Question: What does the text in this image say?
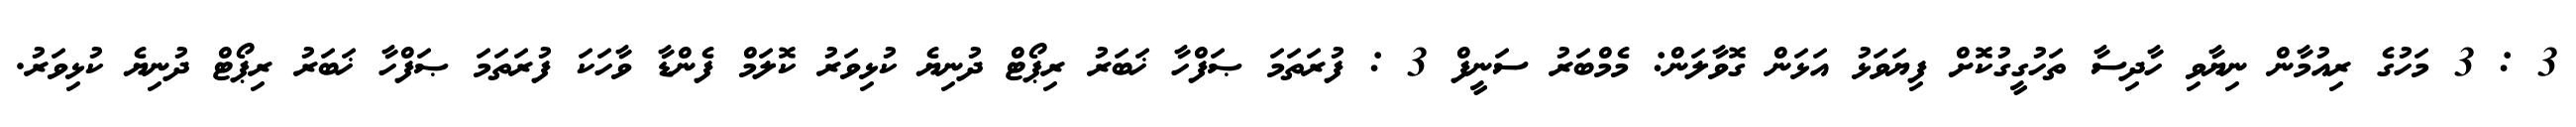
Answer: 3 : 3 މަހުގެ ރިއުމާން ނިޔާވި ހާދިސާ ތަހުގީގުކޮށް ފިޔަވަޅު އަޅަން ގޮވާލަން: މެމްބަރު ސަނީފް 3 : ފުރަތަމަ ޞަފްހާ ޚަބަރު ރިޕޯޓް ދުނިޔެ ކުޅިވަރު ކޮލަމް ފެންޑާ ވާހަކަ ފުރަތަމަ ޞަފްހާ ޚަބަރު ރިޕޯޓް ދުނިޔެ ކުޅިވަރު.